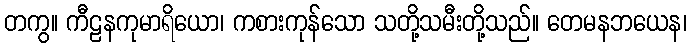
တကွ။ ကီဠနကုမာရိယော၊ ကစားကုန်သော သတို့သမီးတို့သည်။ တေမနဘယေန၊